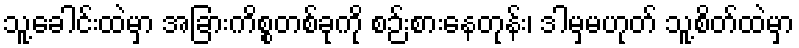
သူ့ခေါင်းထဲမှာ အခြားကိစ္စတစ်ခုကို စဉ်းစားနေတုန်း၊ ဒါမှမဟုတ် သူ့စိတ်ထဲမှာ